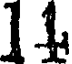
11